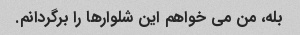
بله، من می خواهم این شلوارها را برگردانم.